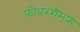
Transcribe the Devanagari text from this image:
फीवरशैमफ़